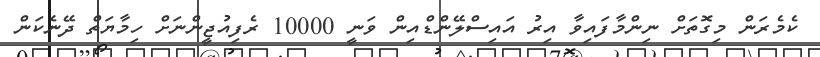
ކެމެރަން މިގޮތަށް ނިންމާފައިވާ އިރު އައިސްލޭންޑްއިން ވަނީ 10000 ރެފިއުޖީންނަށް ހިމާޔަތް ދޭނެކަން